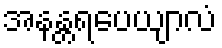
အနန္တရပေယျာလံ